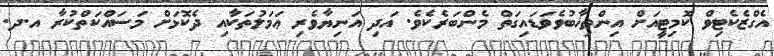
އެގްޒެކެޓިވް ކޮމިޓީއަށް އިންތިޚާބުވެވަޑައިގަތް މެންބަރެކެވެ. އަދި އަނިޔާވެރި ޢަމަލުތަކާއި ދެކޮޅަށް މަސައްކަތްކުރާ އ.ދ.